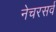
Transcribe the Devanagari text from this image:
नेचरसर्व